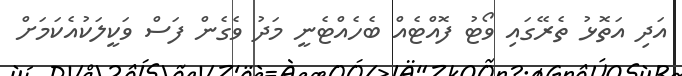
އަދި އަތޮޅު ތެރޭގައި ވޯޓު ފޮއްޓެއް ބެހެއްޓެނީ މަދު ވެގެން ފަސް ވަކީލަކުއެކަމަށް